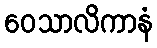
ဝေသာလိကာနံ